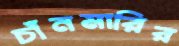
চাঁনমারির